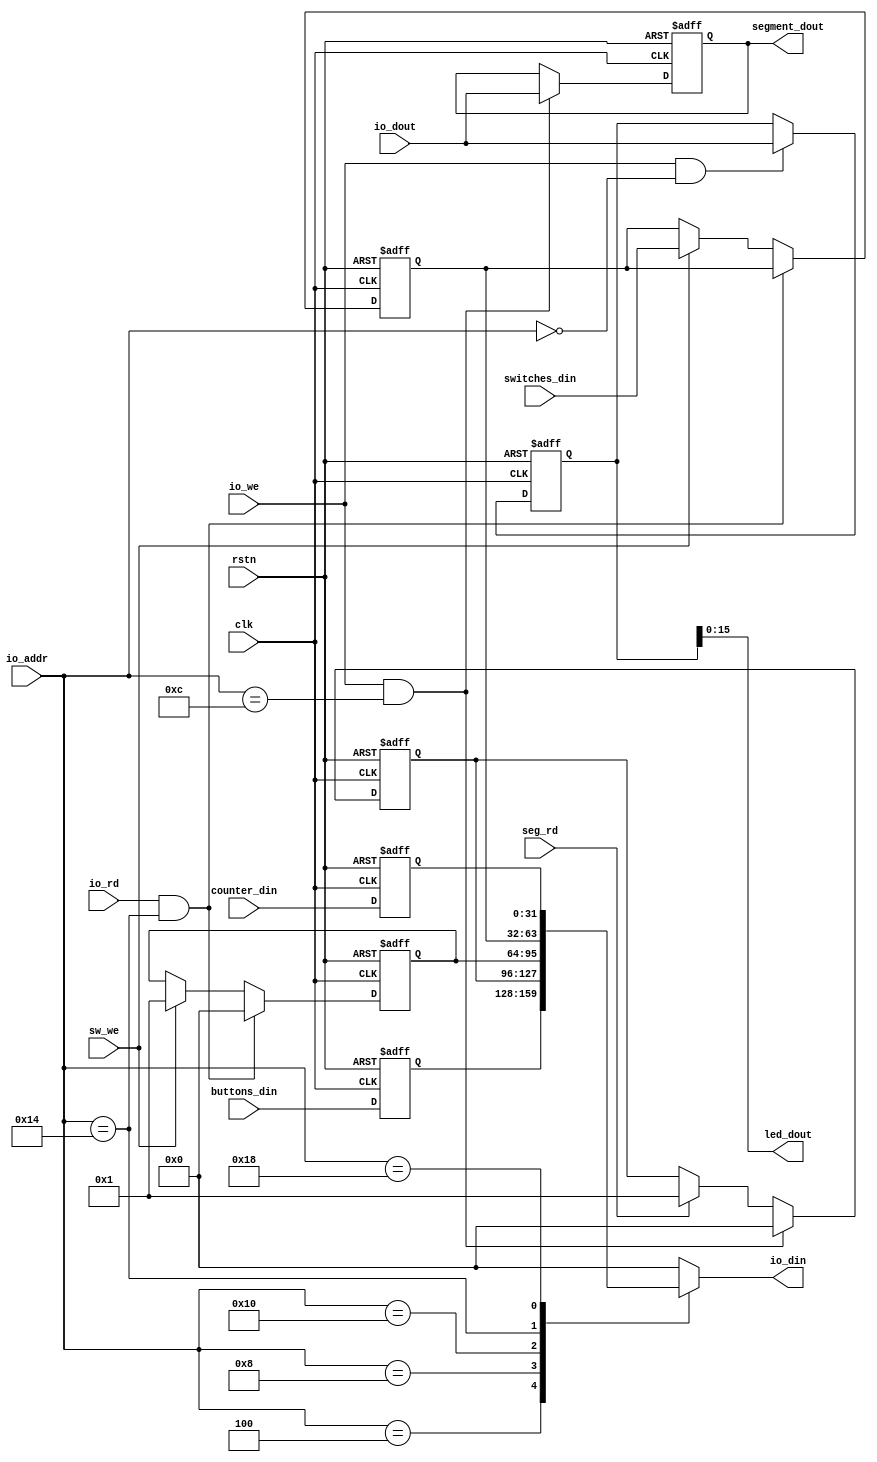
`timescale 1ns / 1ps
//////////////////////////////////////////////////////////////////////////////////
// Company: 
// Engineer: 
// 
// Design Name: 
// Module Name: MemoryMap
// Project Name: 
// Target Devices: 
// Tool Versions: 
// Description: 
// 
// Dependencies: 
// 
// Revision:
// Revision 0.01 - File Created
// Additional Comments:
// 
//////////////////////////////////////////////////////////////////////////////////

/*
    ================================  MemoryMap module   ================================
    Author:         Wintermelon
    Last Edit:      2022.4.20

    This is the memory map inside the pdu   
*/


module MemoryMap(

    input clk,
    input rstn,

    // I/O bus with CPU
    input [7:0] io_addr,
    input [31:0] io_dout,
    input io_we,
    input io_rd,
    output reg [31:0] io_din,

    // Set number from PDU
    input sw_we,                    // Enter from user, means data has been entered 
    input [31:0] switches_din,      // The data from datamove

    input seg_rd,                   // Enter from user, means segdata has been read
    output [31:0] segment_dout,

    input [31:0] buttons_din, counter_din,
    output [15:0] led_dout

);

// Memory regs
reg [31:0] switches_data, buttons_data, counter_data, led_data, segment_data;
reg [31:0] segment_ready, switches_available;

assign segment_dout = segment_data;
assign led_dout = led_data[15:0];


// Set io_din: the data from I/O devices ============================================================================================
always @(*) begin
    case(io_addr) 
        8'h04: begin
            io_din = buttons_data;
        end
        8'h08: begin
            io_din = segment_ready;
        end
        8'h10: begin
            io_din = switches_available;
        end
        8'h14: begin
            io_din = switches_data;
        end
        8'h18: begin
            io_din = counter_data;
        end

        default:
            io_din = 32'h0;
    endcase
end


// Change Memory regs =====================================================================================================
// switches 
always @(posedge clk or negedge rstn) begin
    if (~rstn) begin
        switches_available <= 32'b0;
        switches_data <= 0;
    end
    else begin
        if (io_rd && io_addr == 8'h14) begin
            switches_available <= 32'h0000_0000;
        end
        else if (sw_we) begin
            switches_data <= switches_din;
            switches_available <= 32'h0000_0001;
        end
    end
end

// segments
always @(posedge clk or negedge rstn) begin
    if (~rstn) begin
        segment_ready <= 'b1;
        segment_data <= 32'h1234_5678;
    end
    else begin
        if(io_we && io_addr == 32'h0C) begin
            segment_data <= io_dout;
            segment_ready <= 32'h0000_0000;
        end
        else if (seg_rd) begin
            segment_ready <= 32'h0000_0001;
        end
    end
end

// led
always @(posedge clk or negedge rstn) begin
    if (~rstn) begin
        led_data <= 32'hFFFF_FFFF;       
    end
    else begin
        if (io_we && io_addr == 8'h00) begin
            led_data <= io_dout;
        end   
    end
end

// counter and buttons

always @(posedge clk or negedge rstn) begin
    if (~rstn) begin
        counter_data <= 0;
        buttons_data <= 0;     
    end
    else begin
        counter_data <= counter_din;
        buttons_data <= buttons_din;
    end
end

endmodule